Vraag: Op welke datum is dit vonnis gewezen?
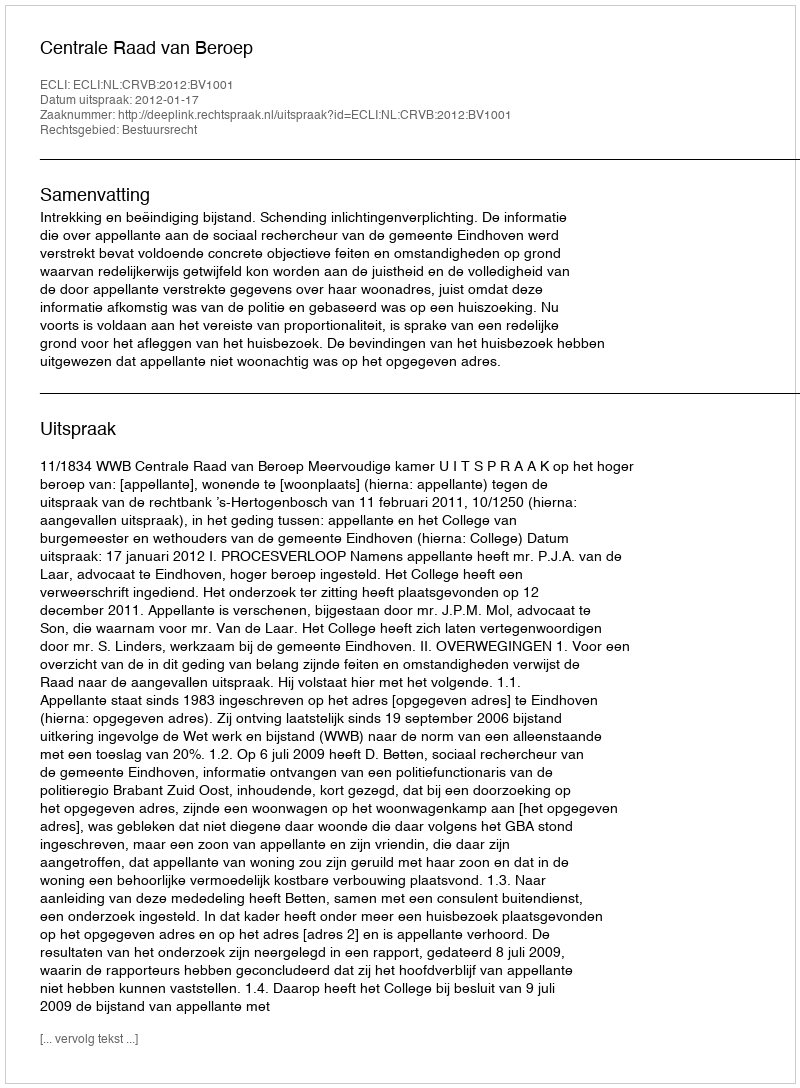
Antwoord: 2012-01-17